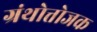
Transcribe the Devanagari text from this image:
ग्रंथोत्तोजक